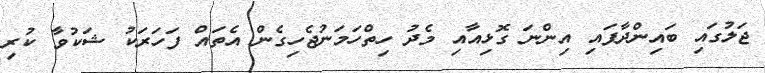
ޖަލުގައި ބައިންދާފައި އިންނަ ގޮޅިއާއި މެދު ހިތްހަމަނުޖެހިގެން އެތައް ފަހަރަކު ޝަކުވާ ކުރި